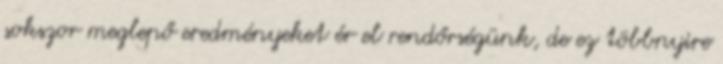
sokszor meglepő eredményeket ér el rendőrségünk, de ez többnyire